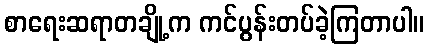
စာရေးဆရာတချို့က ကင်ပွန်းတပ်ခဲ့ကြတာပါ။